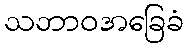
သဘာဝအခြေခံ